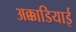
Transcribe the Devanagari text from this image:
अक्काडियाई